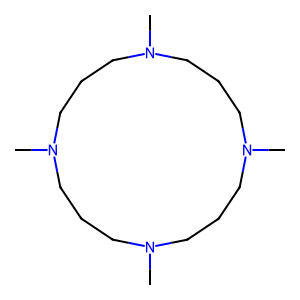
SMILES: CN1CCCN(C)CCCN(C)CCCN(C)CCC1
Inhibits HIV replication: No